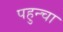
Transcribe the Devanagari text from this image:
पहुन्चा